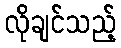
လိုချင်သည့်